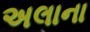
અલાના